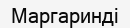
Маргаринді